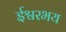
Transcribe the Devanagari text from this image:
ईश्वरभय